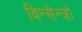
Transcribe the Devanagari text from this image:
विन्सेन्जो